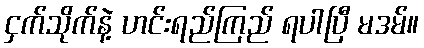
ငှက်သိုက်နဲ့ ဟင်းရည်ကြည် ရပါပြီ မဒမ်။